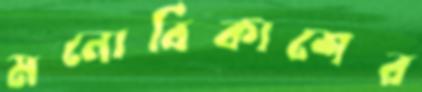
মনোবিকাশের